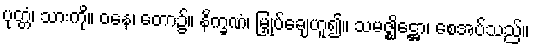
ပုတ္တံ၊ သားကို။ ဝနေ၊ တော၌။ နိက္ခဏံ၊ မြှုပ်ချေဟူ၍။ သမဇ္ဈိဋ္ဌော၊ စေအပ်သည်။